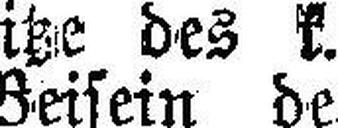
sitze des k. k. Landesgerichtsrates Dr. F. Krassel im